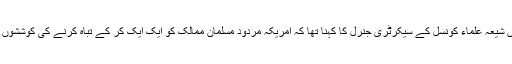
رسا نیوز ایجنسی کی رپورٹ کے مطابق، منصورہ لاہور میں ملی یکجہتی کونسل کے اجلاس سے خطاب میں شیعہ علماء کونسل کے سیکرٹری جنرل کا کہنا تھا کہ امریکہ مردود مسلمان ممالک کو ایک ایک کر کے تباہ کرنے کی کوششوں میں مصروف ہے اور اسرائیل کو مضبوط کرنے، مسلمانوں کو تقسیم کرنے کے منحوس مشن پر گامزن ہے۔